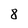
Character: 8